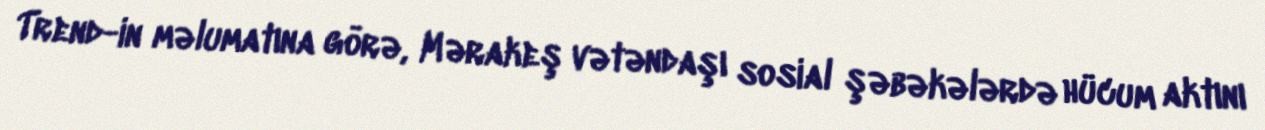
Trend-in məlumatına görə, Mərakeş vətəndaşı sosial şəbəkələrdə hücum aktını